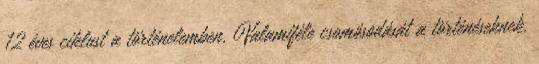
12 éves ciklust a történelemben. Valamiféle csomósodását a történéseknek.